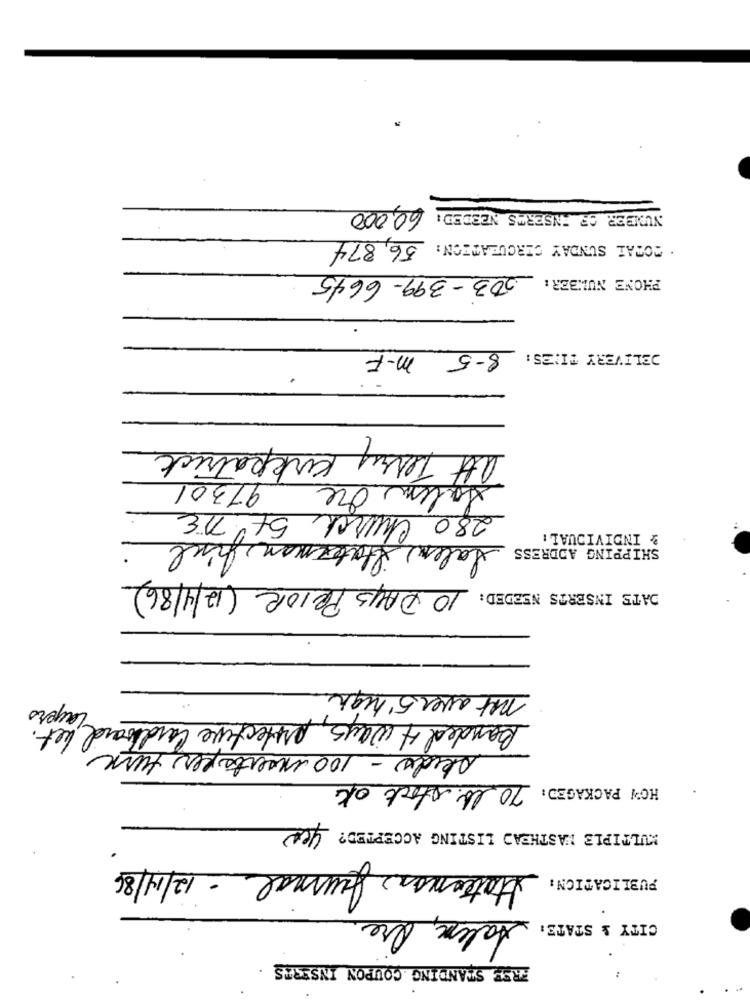
NUMBER OF ENSERES NEEDED : 60,000
· TOTAL SUNDAY CIRCULATION: 56,874
PHONE NUMBER : 503-399-6645
DELIVERY TI:25: 8-5 m-F
4
att Terry Kirkpatrick
Salem Ore 97301
280 Church 5t NE
Salen Staterman final
& INDIVIDUAL !
SHIPPING ADDRESS
10 DAYS PRIOR (12/4/86)
DATS INSERTS NEEDED:
net aver 5' high
Banded 4 ways, protective cardward layers
alida - 100 inserts per turn
HOW PACKAGED: 70 lb. stock ok
MULTIPLE WASTHEAD LISTING ACCEPTED? yes
Statenon Journal - 12/14/86
PUBLICATION:
Aalex, Ore
CITY & STATE:
ERSE STANDING COUPON INSERTS
.